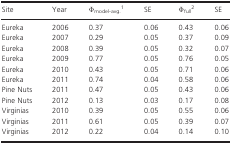
<table><thead><tr><td><b>Site</b></td><td><b>Year</b></td><td><b>Φ<sub>model-avg.</sub>1</b></td><td><b>SE</b></td><td><b>Φ<sub>full</sub>2</b></td><td><b>SE</b></td></tr></thead><tbody><tr><td>Eureka</td><td>2006</td><td>0.37</td><td>0.06</td><td>0.43</td><td>0.06</td></tr><tr><td>Eureka</td><td>2007</td><td>0.29</td><td>0.05</td><td>0.37</td><td>0.09</td></tr><tr><td>Eureka</td><td>2008</td><td>0.39</td><td>0.05</td><td>0.32</td><td>0.07</td></tr><tr><td>Eureka</td><td>2009</td><td>0.77</td><td>0.05</td><td>0.76</td><td>0.05</td></tr><tr><td>Eureka</td><td>2010</td><td>0.43</td><td>0.05</td><td>0.71</td><td>0.06</td></tr><tr><td>Eureka</td><td>2011</td><td>0.74</td><td>0.04</td><td>0.58</td><td>0.06</td></tr><tr><td>Pine Nuts</td><td>2011</td><td>0.47</td><td>0.05</td><td>0.43</td><td>0.06</td></tr><tr><td>Pine Nuts</td><td>2012</td><td>0.13</td><td>0.03</td><td>0.17</td><td>0.08</td></tr><tr><td>Virginias</td><td>2010</td><td>0.39</td><td>0.05</td><td>0.55</td><td>0.06</td></tr><tr><td>Virginias</td><td>2011</td><td>0.61</td><td>0.05</td><td>0.39</td><td>0.07</td></tr><tr><td>Virginias</td><td>2012</td><td>0.22</td><td>0.04</td><td>0.14</td><td>0.10</td></tr></tbody></table>